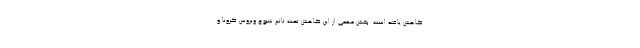
کاهش یافته است. بخش مهمی از این کاهش تحت تاثیر شیوع ویروس کرونا و